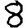
Digit: 8